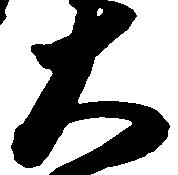
大